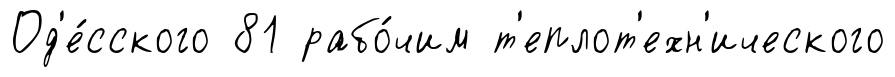
Од'е́сского 81 рабо́чим т'еплот'ехн'ического